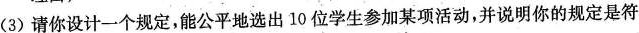
(3)请你设计一个规定，能公平地选出10位学生参加某项活动，并说明你的规定是符